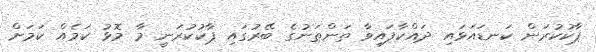
ޕާކުކުރަން ކަނޑައަޅައި ދައްކާފައިވާ ތަންތަނުގެ ބޭރުގައި ޕާކުކުރަނީ މާ މޮޅު ކަމެއް ކަމަށް